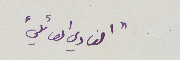
"النادي العائلي"